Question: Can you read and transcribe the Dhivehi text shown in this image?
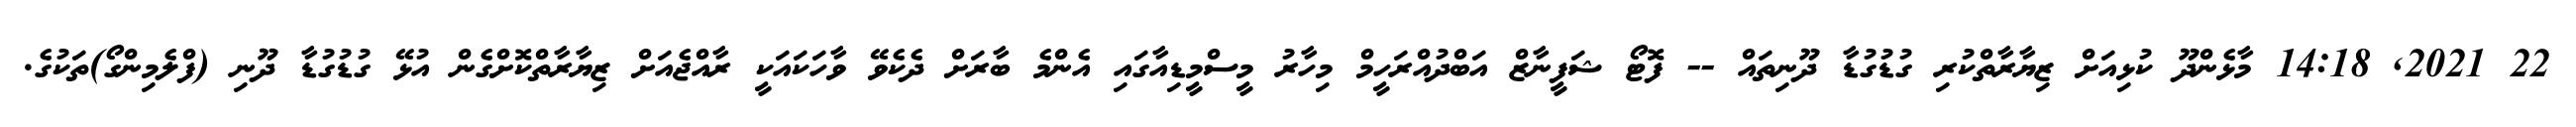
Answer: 22 2021, 14:18 މާޅެންދޫ ކުޅިއަށް ޒިޔާރާތްކުރި ގުޑުގުޑާ ދޫނިތައް -- ފޮޓޯ ޝަފީނާޒް އަބްދުއްރަހީމް މިހާރު މީސްމީޑިއާގައި އެންމެ ބާރަށް ދެކެވޭ ވާހަކައަކީ ރާއްޖެއަށް ޒިޔާރާތްކޮށްގެން އުޅޭ ގުޑުގުޑާ ދޫނި (ފްލެމިންގޯ)ތަކުގެ.